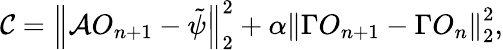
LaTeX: \mathcal{C}=\left\Vert\mathcal{A}O_{n+1}-\tilde{\psi}\right\Vert_{2}^{2}+\alpha\left\Vert\Gamma O_{n+1}-\Gamma O_{n}\right\Vert_{2}^{2},